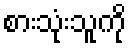
စားသုံးသူကို